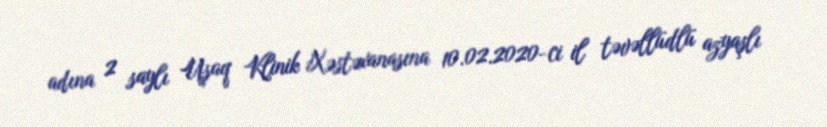
adına 2 saylı Uşaq Klinik Xəstəxanasına 10.02.2020-ci il təvəllüdlü azyaşlı